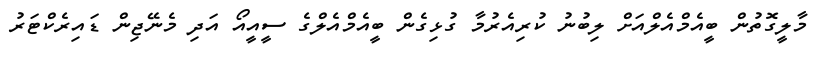
މާލީގޮތުން ބީއެމްއެލްއަށް ލިބުނު ކުރިއެރުމާ ގުޅިގެން ބީއެމްއެލްގެ ސީއީއޯ އަދި މެނޭޖިން ޑައިރެކްޓަރު